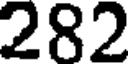
282